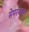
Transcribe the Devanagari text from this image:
सेमरबासा